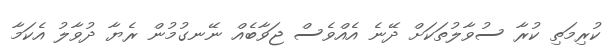
ކުރިމަތި ކުރާ ސުވާލުތަކަށް ދޭނެ އެއްވެސް ޖަވާބެއް ނޭނގުމުން ރެޔާ ދުވާލު އެކަމާ